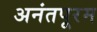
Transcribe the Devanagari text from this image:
अनंतपूरम